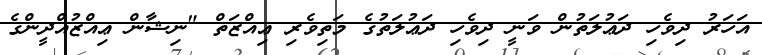
އަހަރު ދިވެހި ދަޢުލަތުން ވަނީ ދިވެހި ދަޢުލަތުގެ މަތިވެރި ޢިއްޒަތް "ނިޝާން ޢިއްޒުއްދީންގެ